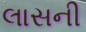
લાસની